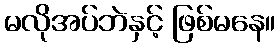
မလိုအပ်ဘဲနှင့် ဖြစ်မနေ။